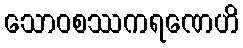
သောဝစဿကရဏေဟိ